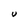
Character: u